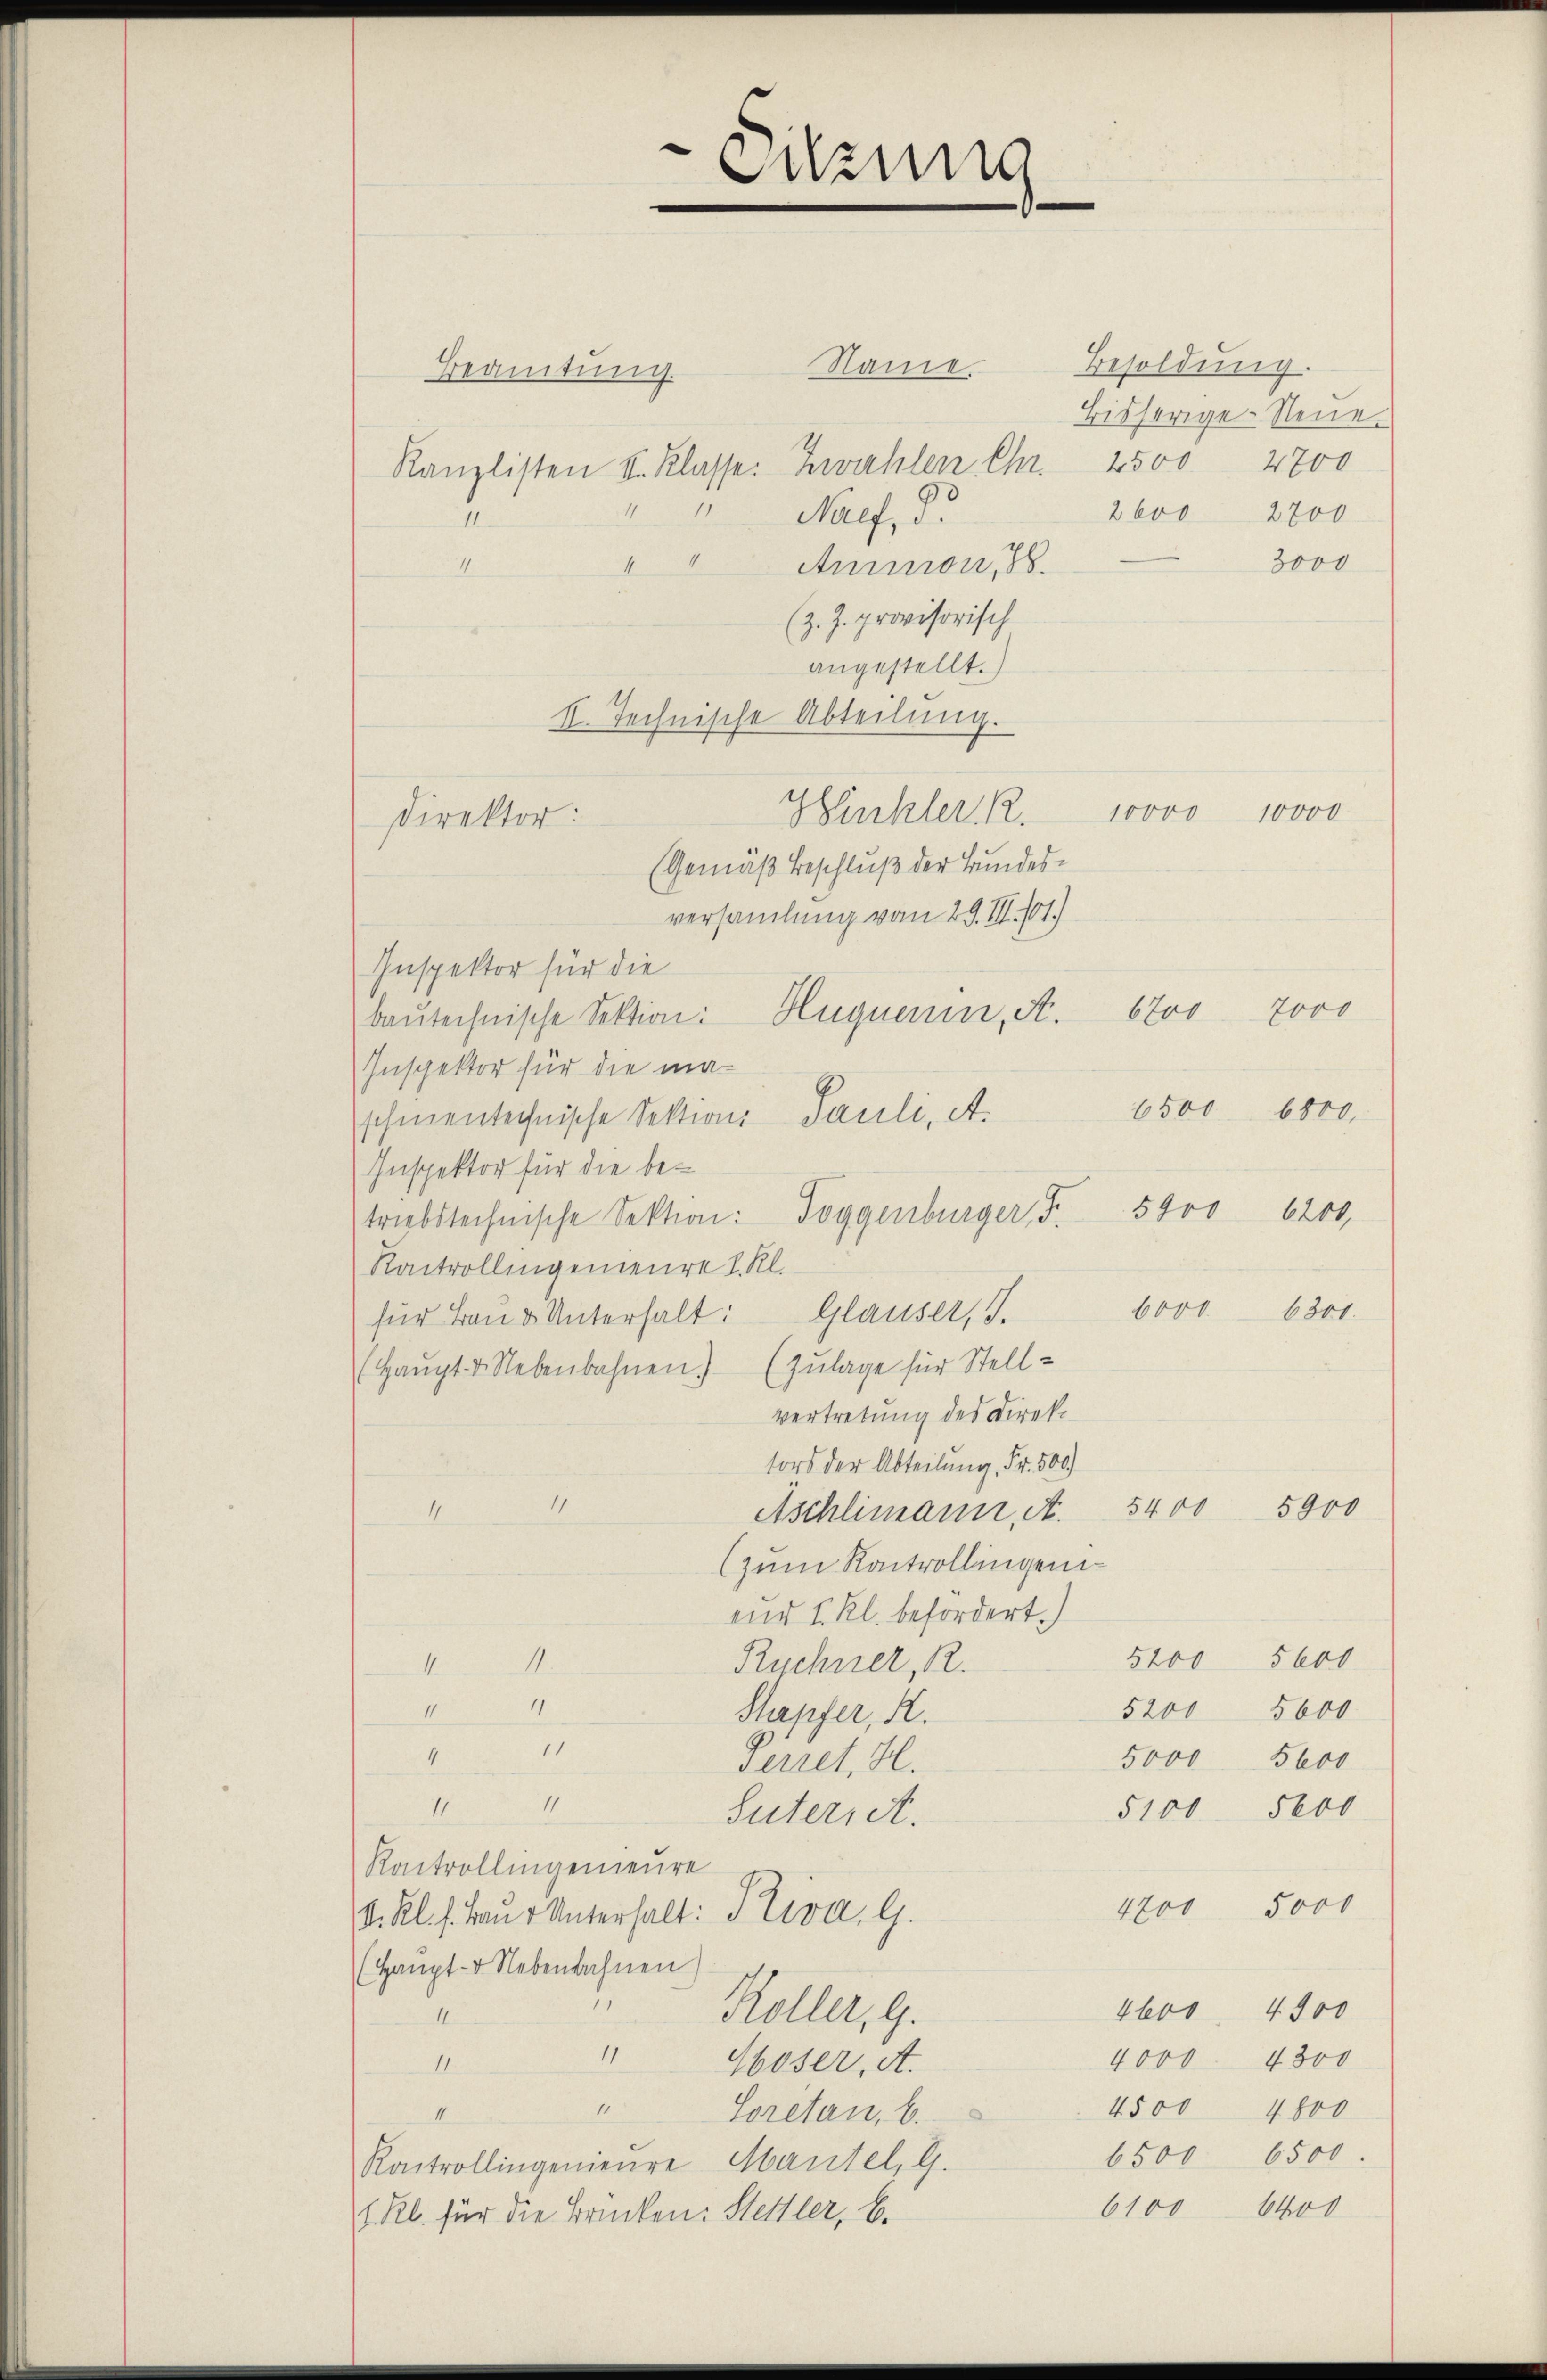
Name.
Beamtung.
Kanzlisten S. Klasse. Zwahlen. Chr.
d
Nalf, d
4
3000
4
Anmmon 188.
4
(z. Z. provisorisch
angestellt.)
II. Technische Abteilung.
Hänkler R.
(Gemäß Beschluß der Bundesversammlung vom 29. II. 101.)
Inspektor für die
bautechnische Sektion: Hugueun, A.
Inspektor für die maschmentechnische Sektions Pauli, A.
Inspektor für die betriebstechnische Sektion: Toggenburger, Fr. 5400 6200,
Raitrollingenieure I. Kl.
6000. 6301.
für Bau & Unterhalt: Glauser, J.
(Haupt v. Nebenbahnen. (Zulage für Stellvertretung des Direktors der Abteilung, Fr. 500)
11
5900
4
Aschlimann, A. 5400
(zum Kontrollingen
nus u. kl. befordert.)
5600
5200
Ruchner R.
II.
4
5000
5200
Stapfer, K.
11
4
5000
5600
Perret, H.
11
II
5100 5000
Suteriet.
Raitrollingenieure
4700 5000
V. Kl. s. Baŭr Unterhalt: Priva, G.
(Haupt- u. Nebenbahnen)
1
4600. 4500
Koller, G.
n
11
4000. 4300
11.
Woser, A.
17
4500 4800
II
Soretan, b.
6500 6500.
Rantrollingenieure Mantel, G.
6100 6400
1 Rl. für die Brücken: Stettler, b.

Direktor:

Sitzung

Besoldung.
Bisherige Neue
4500 4700

10000 10000
671 7000
6500 6800.

2 600 2700